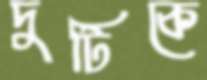
দুটিকে